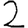
Digit: 2